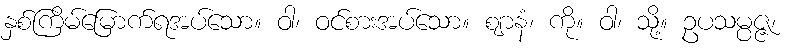
နှစ်ကြိမ်မြောက်ရအပ်သော။ ဝါ၊ ဝင်စားအပ်သော။ ဈာနံ၊ ကို။ ဝါ၊ သို့။ ဥပသမ္ပဇ္ဇ၊